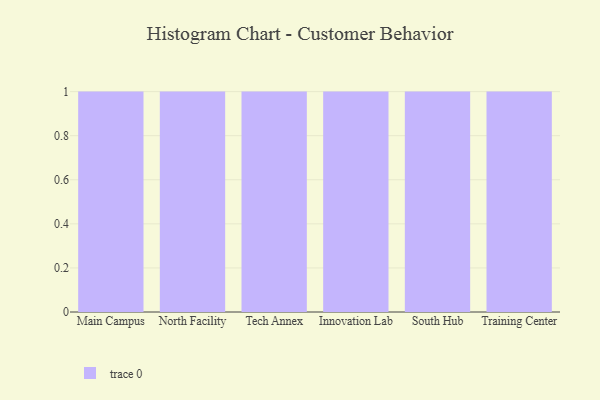
{"axis": {"x": "Campus", "y": "Active Users"}, "legend": [""], "data": [{"x": "Main Campus", "y": 55, "type": ""}, {"x": "North Facility", "y": 15, "type": ""}, {"x": "Tech Annex", "y": 65, "type": ""}, {"x": "Innovation Lab", "y": 53, "type": ""}, {"x": "South Hub", "y": 72, "type": ""}, {"x": "Training Center", "y": 46, "type": ""}]}